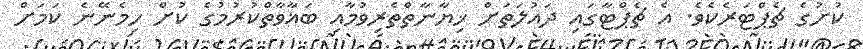
ކުށުގެ ޗެޕްޓަރެކެވެ. އެ ޗެޕްޓާގައި ދައުލަތަށް ޚިޔާނާތްތެރިވުމާއި ބަޣާވާތްކުރުމުގެ ކުށް ހިމެނޭނެ ކަމަށް